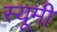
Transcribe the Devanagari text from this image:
स्यूमी